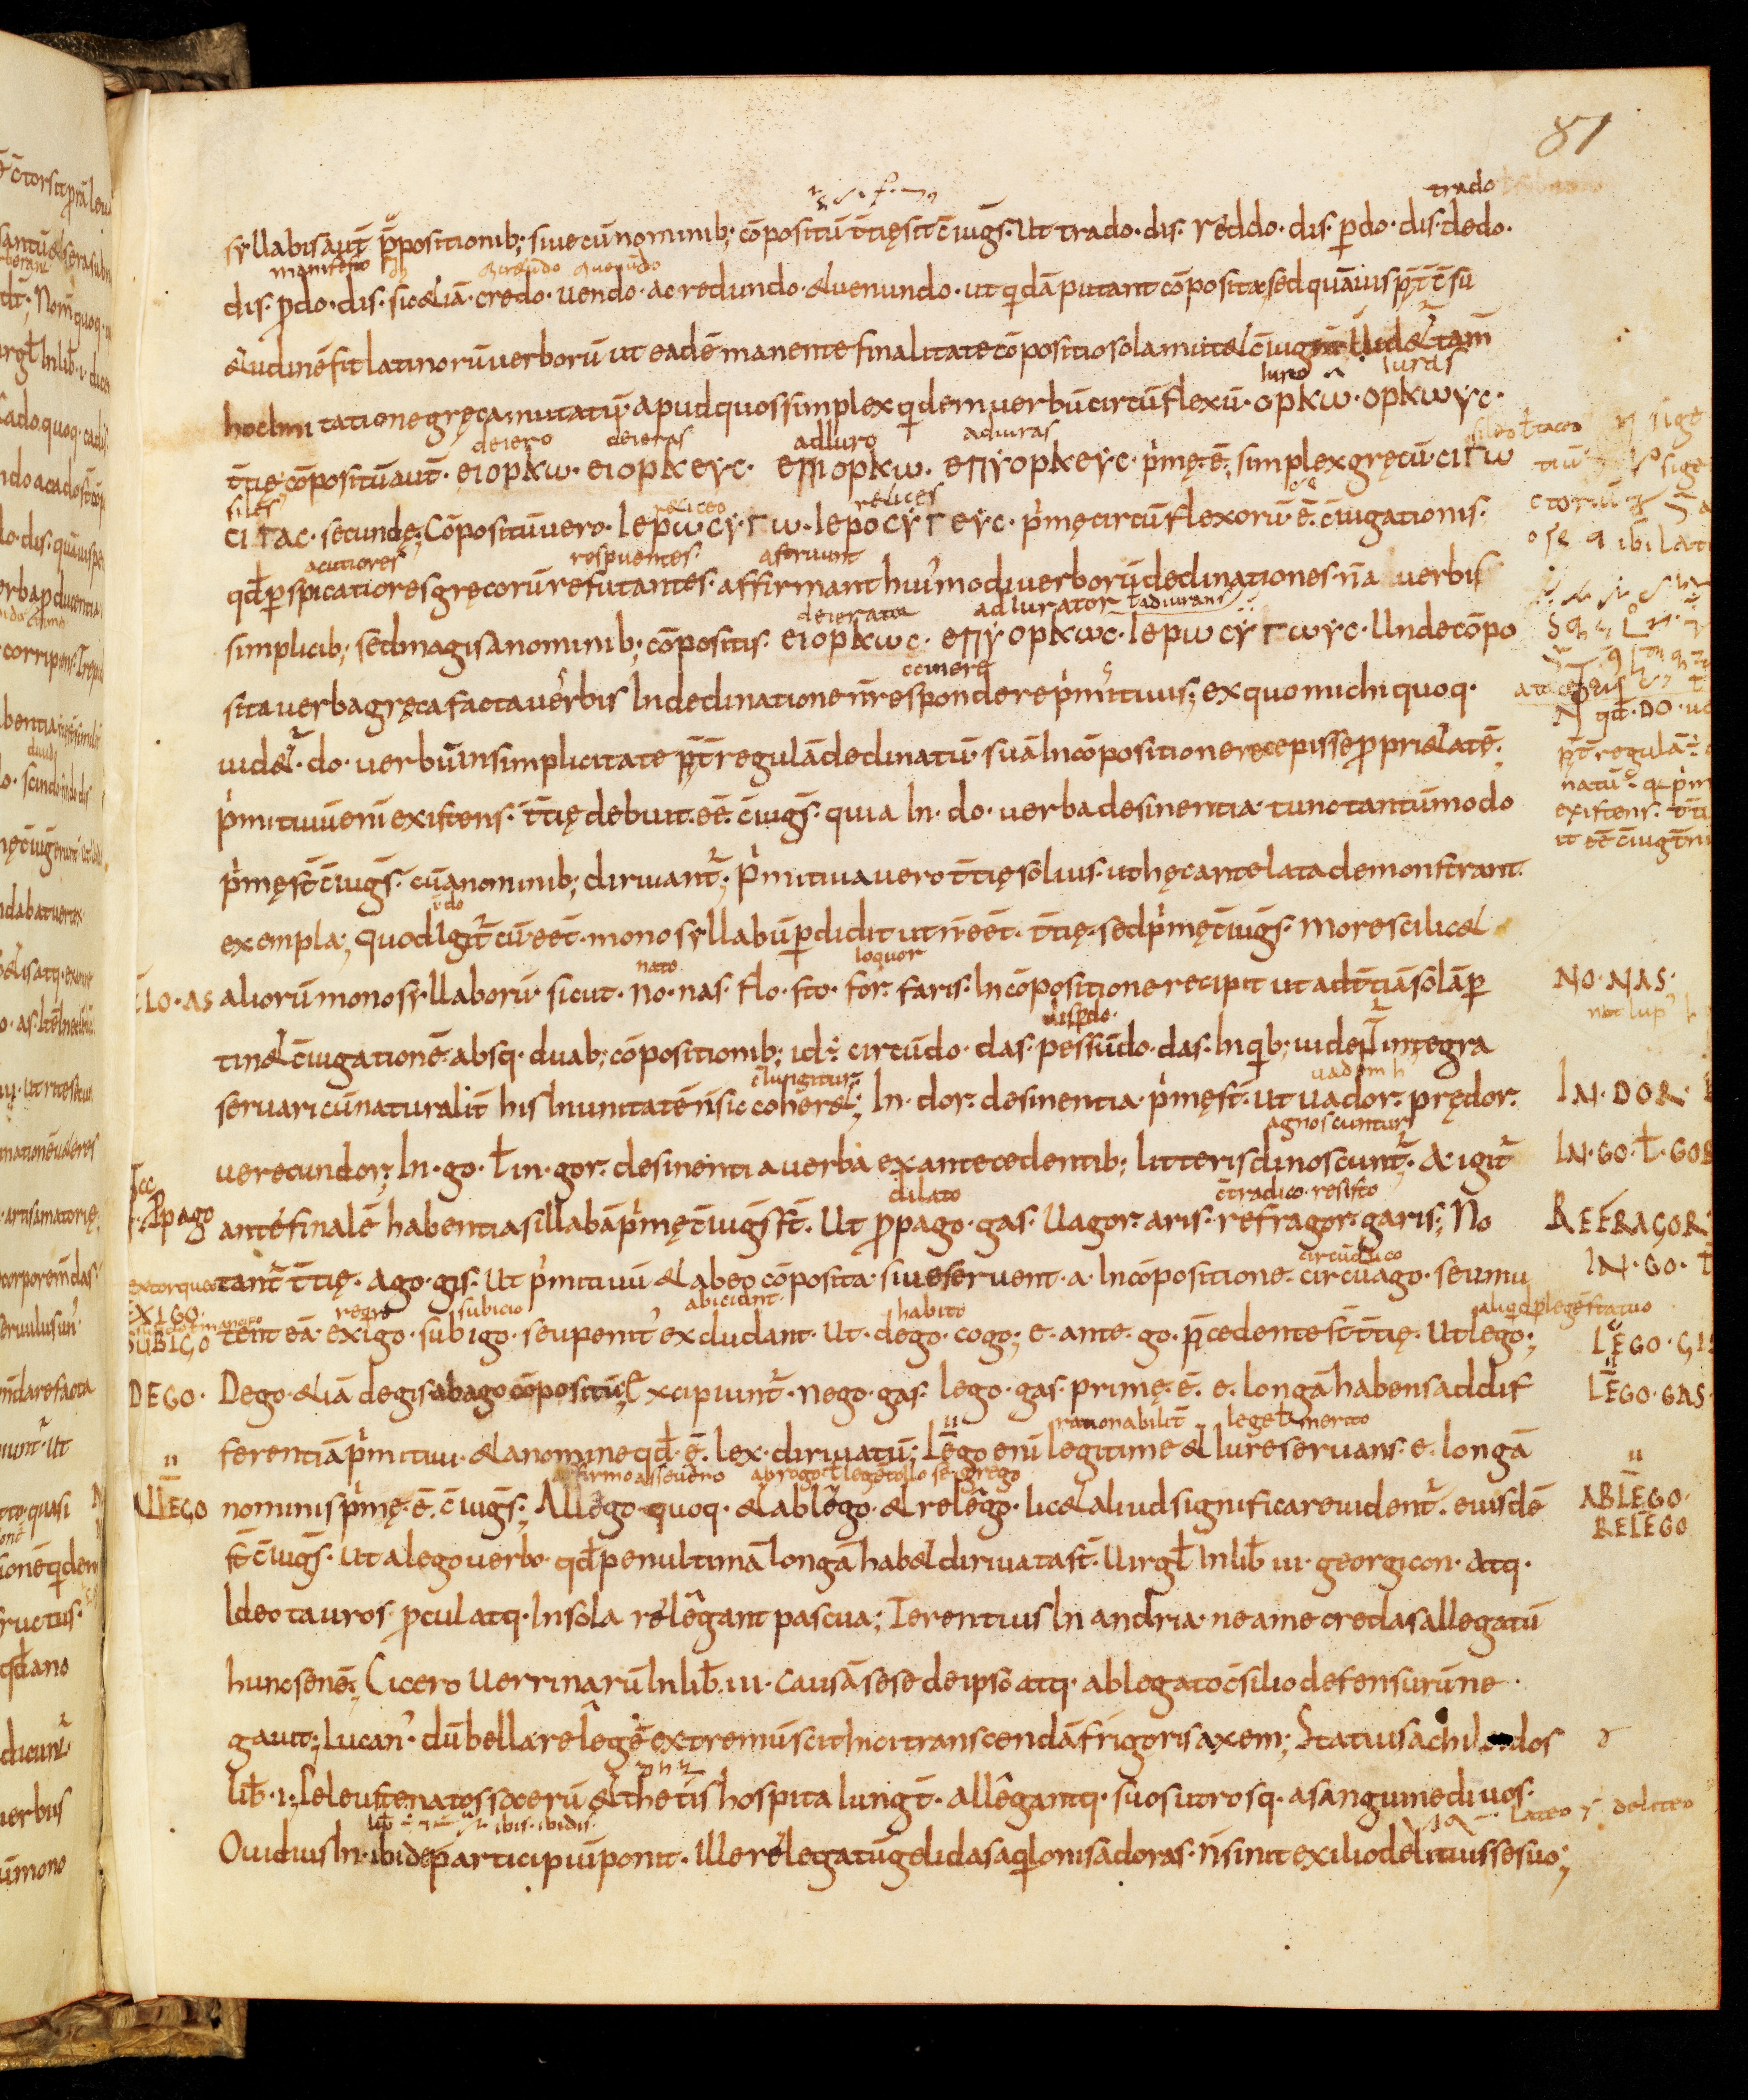
Shelfmark: Bamberg, Staatsbibliothek, MS Class. 30
Century: 9